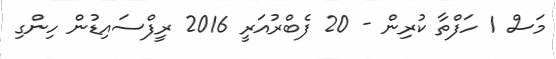
މަސް 1 ހަފްތާ ކުރިން - 20 ފެބްރުއަރީ 2016 ރީފްސައިޑުން ހިންގި